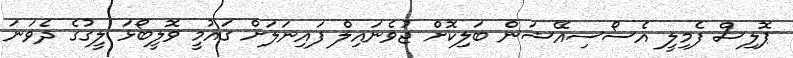
ޕޮލިސް ފެމިލީ އެސޯސިއޭޝަން ބަލިކޮށް ޖުވެނައިލް ފައިނަލަށް ގައުމީ ވޮލީބޯޅަ ލީގުގެ ދެވަނަ